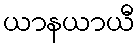
ယာနယာယီ